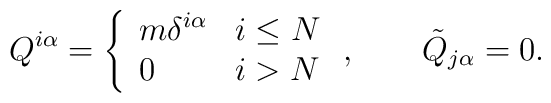
Q^{i\alpha} = \left\{ \begin{array}{ll}m \delta^{i\alpha} & i \le N\\0 & i > N\end{array}\right. , \qquad\tilde Q_{j \alpha} = 0.